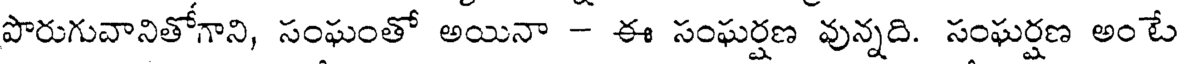
పొరుగువానితోగాని, సంఘంతో అయినా - ఈ సంఘర్షణ వున్నది. సంఘర్షణ అంటే